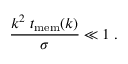
\frac { k ^ { 2 } \; t _ { \mathrm { m e m } } ( k ) } { \sigma } \ll 1 \; .